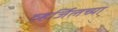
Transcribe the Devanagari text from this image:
व्हर्जिलच्या